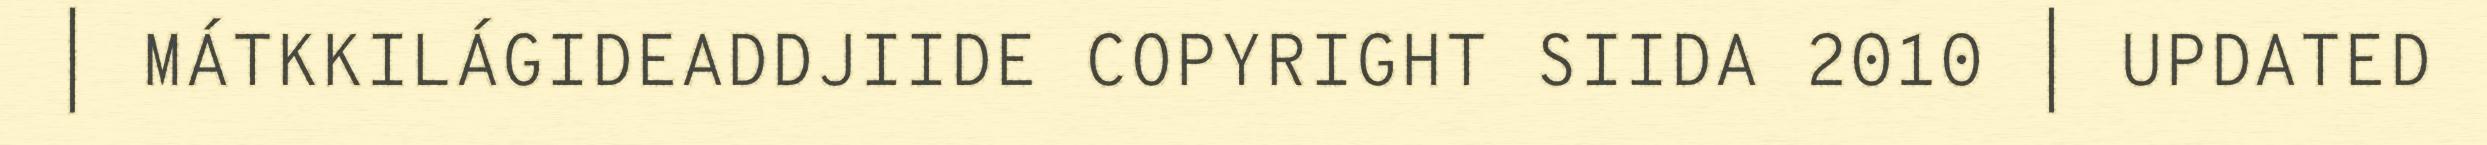
| MÁTKKILÁGIDEADDJIIDE COPYRIGHT SIIDA 2010 | UPDATED